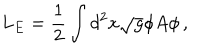
L _ { E } = \frac { 1 } { 2 } \int d ^ { 2 } x \sqrt { g } \phi A \phi \, ,